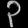
Digit: ၃